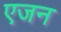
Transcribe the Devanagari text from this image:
एजन